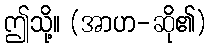
ဤသို့။ (အာဟ-ဆို၏)